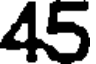
45